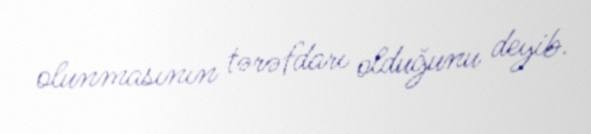
olunmasının tərəfdarı olduğunu deyib.